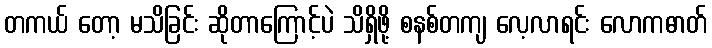
တကယ် တော့ မသိခြင်း ဆိုတာကြောင့်ပဲ သိရှိဖို့ စနစ်တကျ လေ့လာရင်း လောကဓာတ်